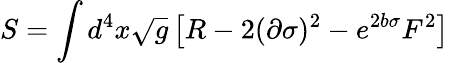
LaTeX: S=\int d^{4}x\sqrt{g}\left[R-2(\partial\sigma)^{2}-e^{2b\sigma}F^{2}\right]